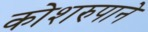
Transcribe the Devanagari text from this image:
कोशरुपाने